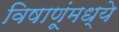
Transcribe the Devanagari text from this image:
विषाणूंमध्ये